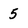
Character: 5